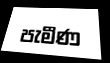
පැමීණ